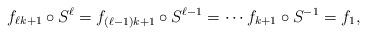
LaTeX: \begin{align*}f_{\ell k+1}\circ S^\ell = f_{(\ell-1)k+1}\circ S^{\ell-1} = \dotsb f_{k+1}\circ S^{-1} = f_1,\end{align*}